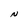
Character: N